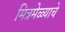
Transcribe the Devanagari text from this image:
मित्रमेळ्याचे